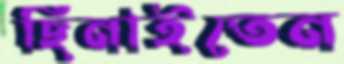
ছিনাইতেন